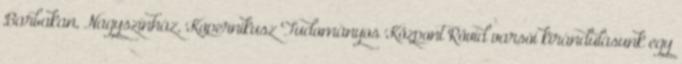
Barbakan, Nagyszínház, Kopernikusz Tudományos Központ Rövid varsói kirándulásunk egy